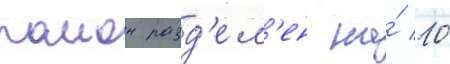
раион разд'ел'ен на́ 10